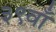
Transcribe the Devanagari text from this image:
३९वाँ